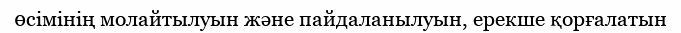
өсімінің молайтылуын және пайдаланылуын, ерекше қорғалатын